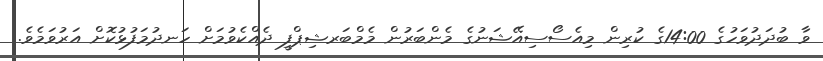
ވާ ބުދަދުވަހުގެ 14:00ގެ ކުރިން މިއެސޯސިއޭޝަނުގެ މެންބަރުން މެމްބަރޝިޕްފީ ދެއްކެވުމަށް ހަނދުމަފުޅުކޮށް އަރުވަމެވެ.